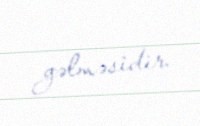
gəlməsidir.